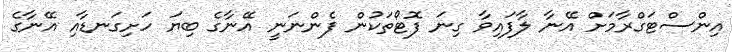
އިންސްޓަގްރާމަށް އޭނާ ލާފައިވާ ގިނަ ފޮޓޯތަކުން ފެންނަނީ އޭނާގެ ބިޔަ ހަށިގަނޑާއި އޭނާގެ